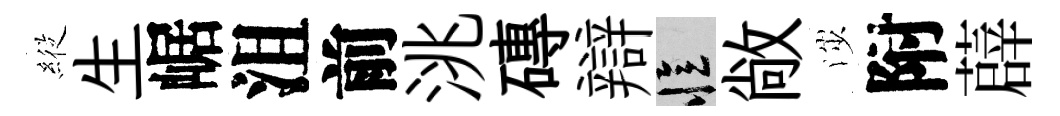
𦂵生崌沮前洮磚辯忆敞渉附薜